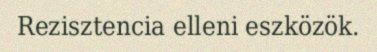
Rezisztencia elleni eszközök.